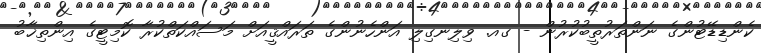
ކެންޑިޑޭޓުންގެ ނަންތަރުތީބުކުރުން - ގއ. ވިލިނގިލި އަންހެނުންގެ ތަރައްޤީއަށް މަސައްކަތްކުރާ ކޮމިޓީގެ އިންތިޚާބު